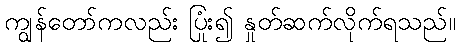
ကျွန်တော်ကလည်း ပြုံး၍ နှုတ်ဆက်လိုက်ရသည်။